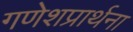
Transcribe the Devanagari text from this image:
गणेशप्रार्थना